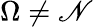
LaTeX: \Omega\neq\mathscr{N}